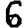
Digit: 6